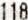
118